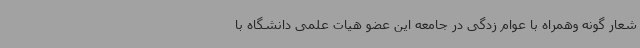
شعار گونه وهمراه با عوام زدگی در جامعه این عضو هیات علمی دانشگاه با